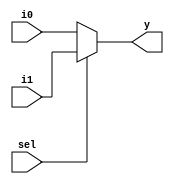
module ternary_operator_mux (input i0 , input i1 , input sel , output y);
	assign y = sel?i1:i0;
	endmodule